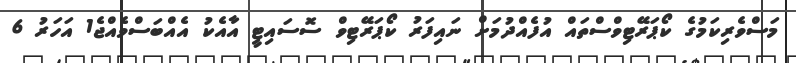
މަސްވެރިކަމުގެ ކޯޕަރޭޓިވްސްތައް އުފެއްދުމަށް ނައިފަރު ކޯޕަރޭޓިވް ސޮސައިޓީ އާއެކު އެއްބަސްވެއްޖެ1 އަހަރު 6